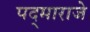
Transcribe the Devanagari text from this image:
पद्‌माराजे